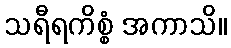
သရီရကိစ္စံ အကာသိ။